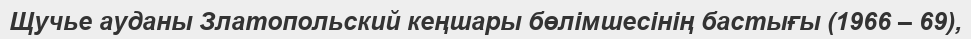
Щучье ауданы Златопольский кеңшары бөлімшесінің бастығы (1966 – 69),